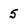
Character: 5